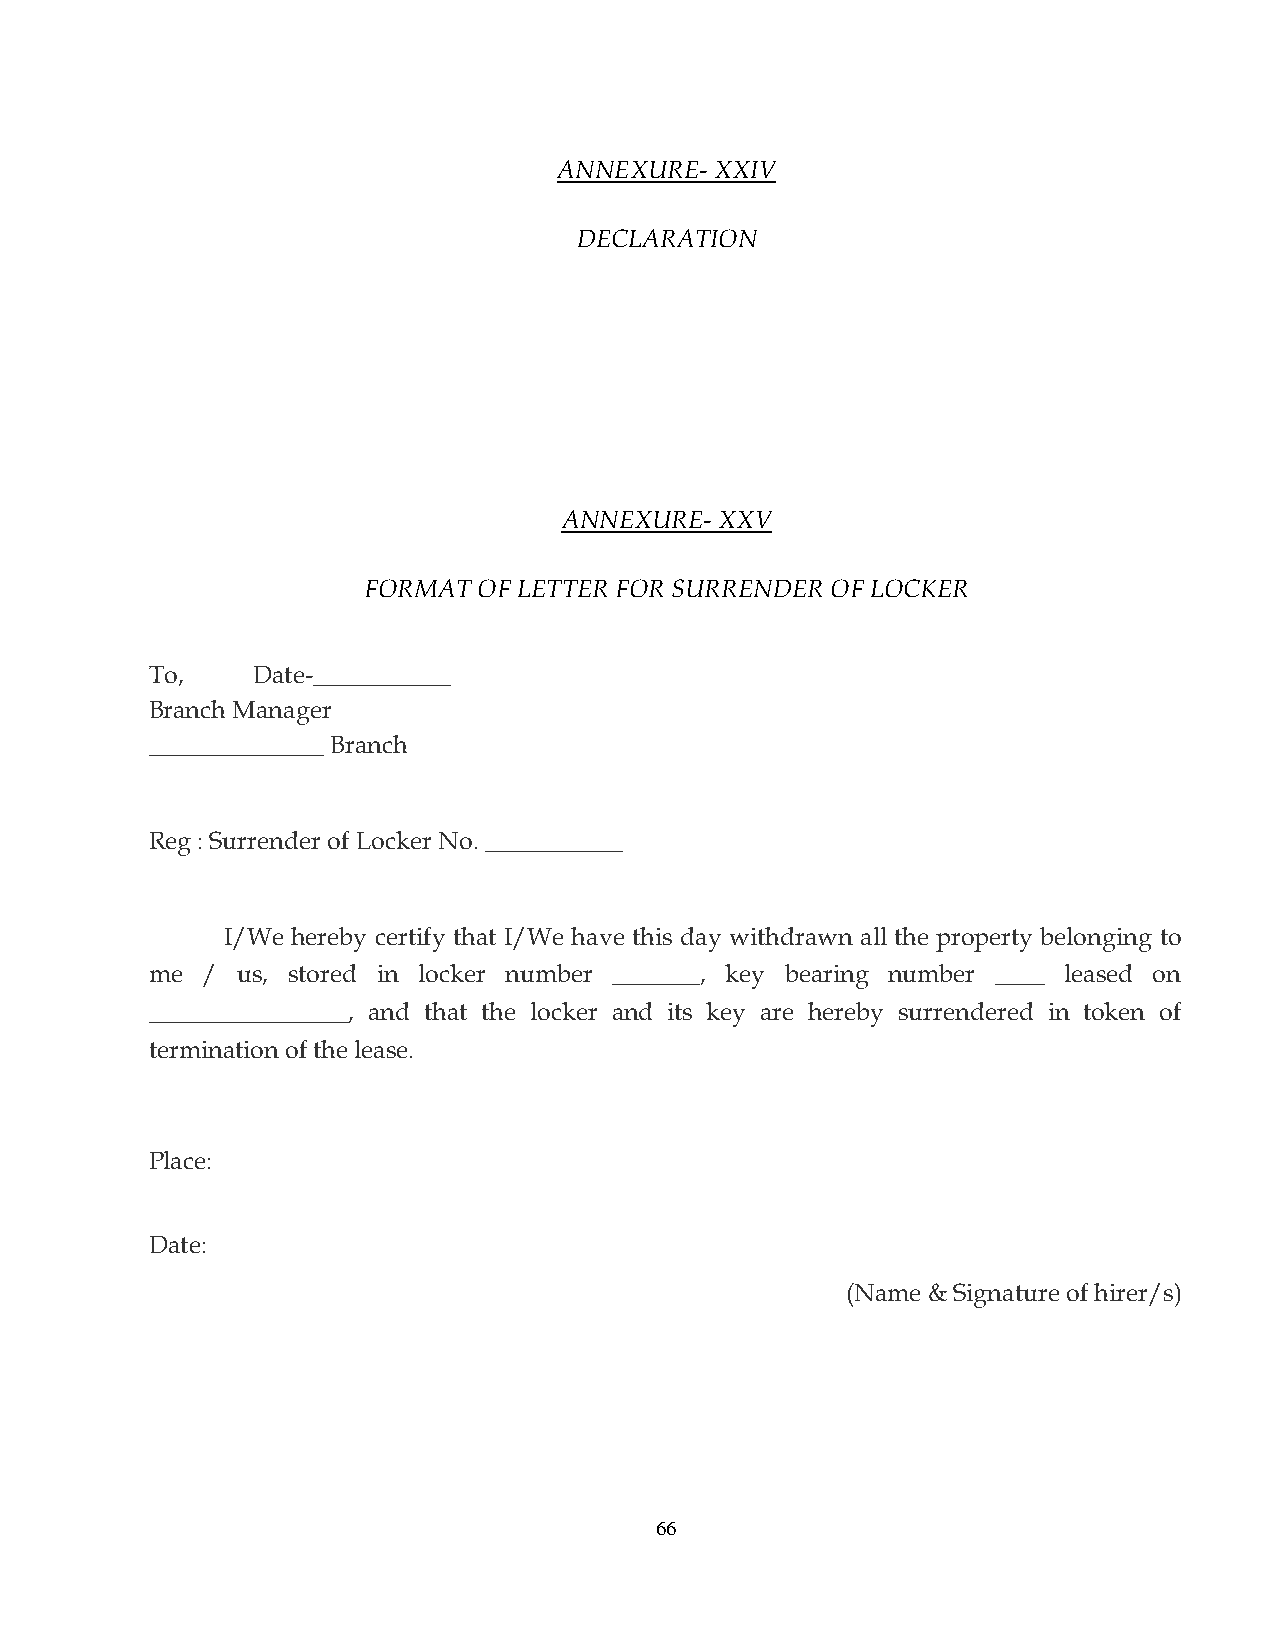
ANNEXURE- XXIV
 DECLARATION
 ANNEXURE-  XXV
 FORMAT  OF LETTER FOR SURRENDER OF LOCKER
 To,    Date-___________
 Branch Manager
 ______________ Branch
 Reg : Surrender of Locker No. ___________
 I/We hereby certify that I/We have this day withdrawn all the property belonging to
 me /  us, stored in locker number _______, key bearing number ____ leased on
 ________________, and that the locker and its key are hereby surrendered in token of
 termination of the lease.
 Place:
 Date:
 (Name & Signature of hirer/s)
 66